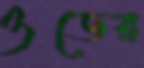
ওডের